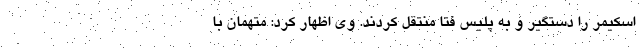
اسکیمر را دستگیر و به پلیس فتا منتقل کردند. وی اظهار کرد: متهمان با